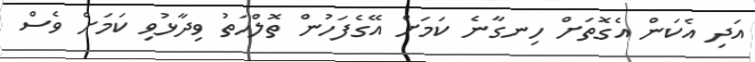
އަދި އެކަން އެގޮތަށް ހިނގާނެ ކަމަށް އޭގެފަހުން ތޮލްހަތު ވިދާޅުވި ކަމަށް ވެސް